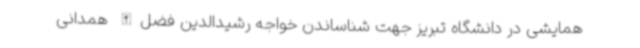
همایشی در دانشگاه تبریز جهت شناساندن خواجه رشیدالدین فضل‌الله همدانی